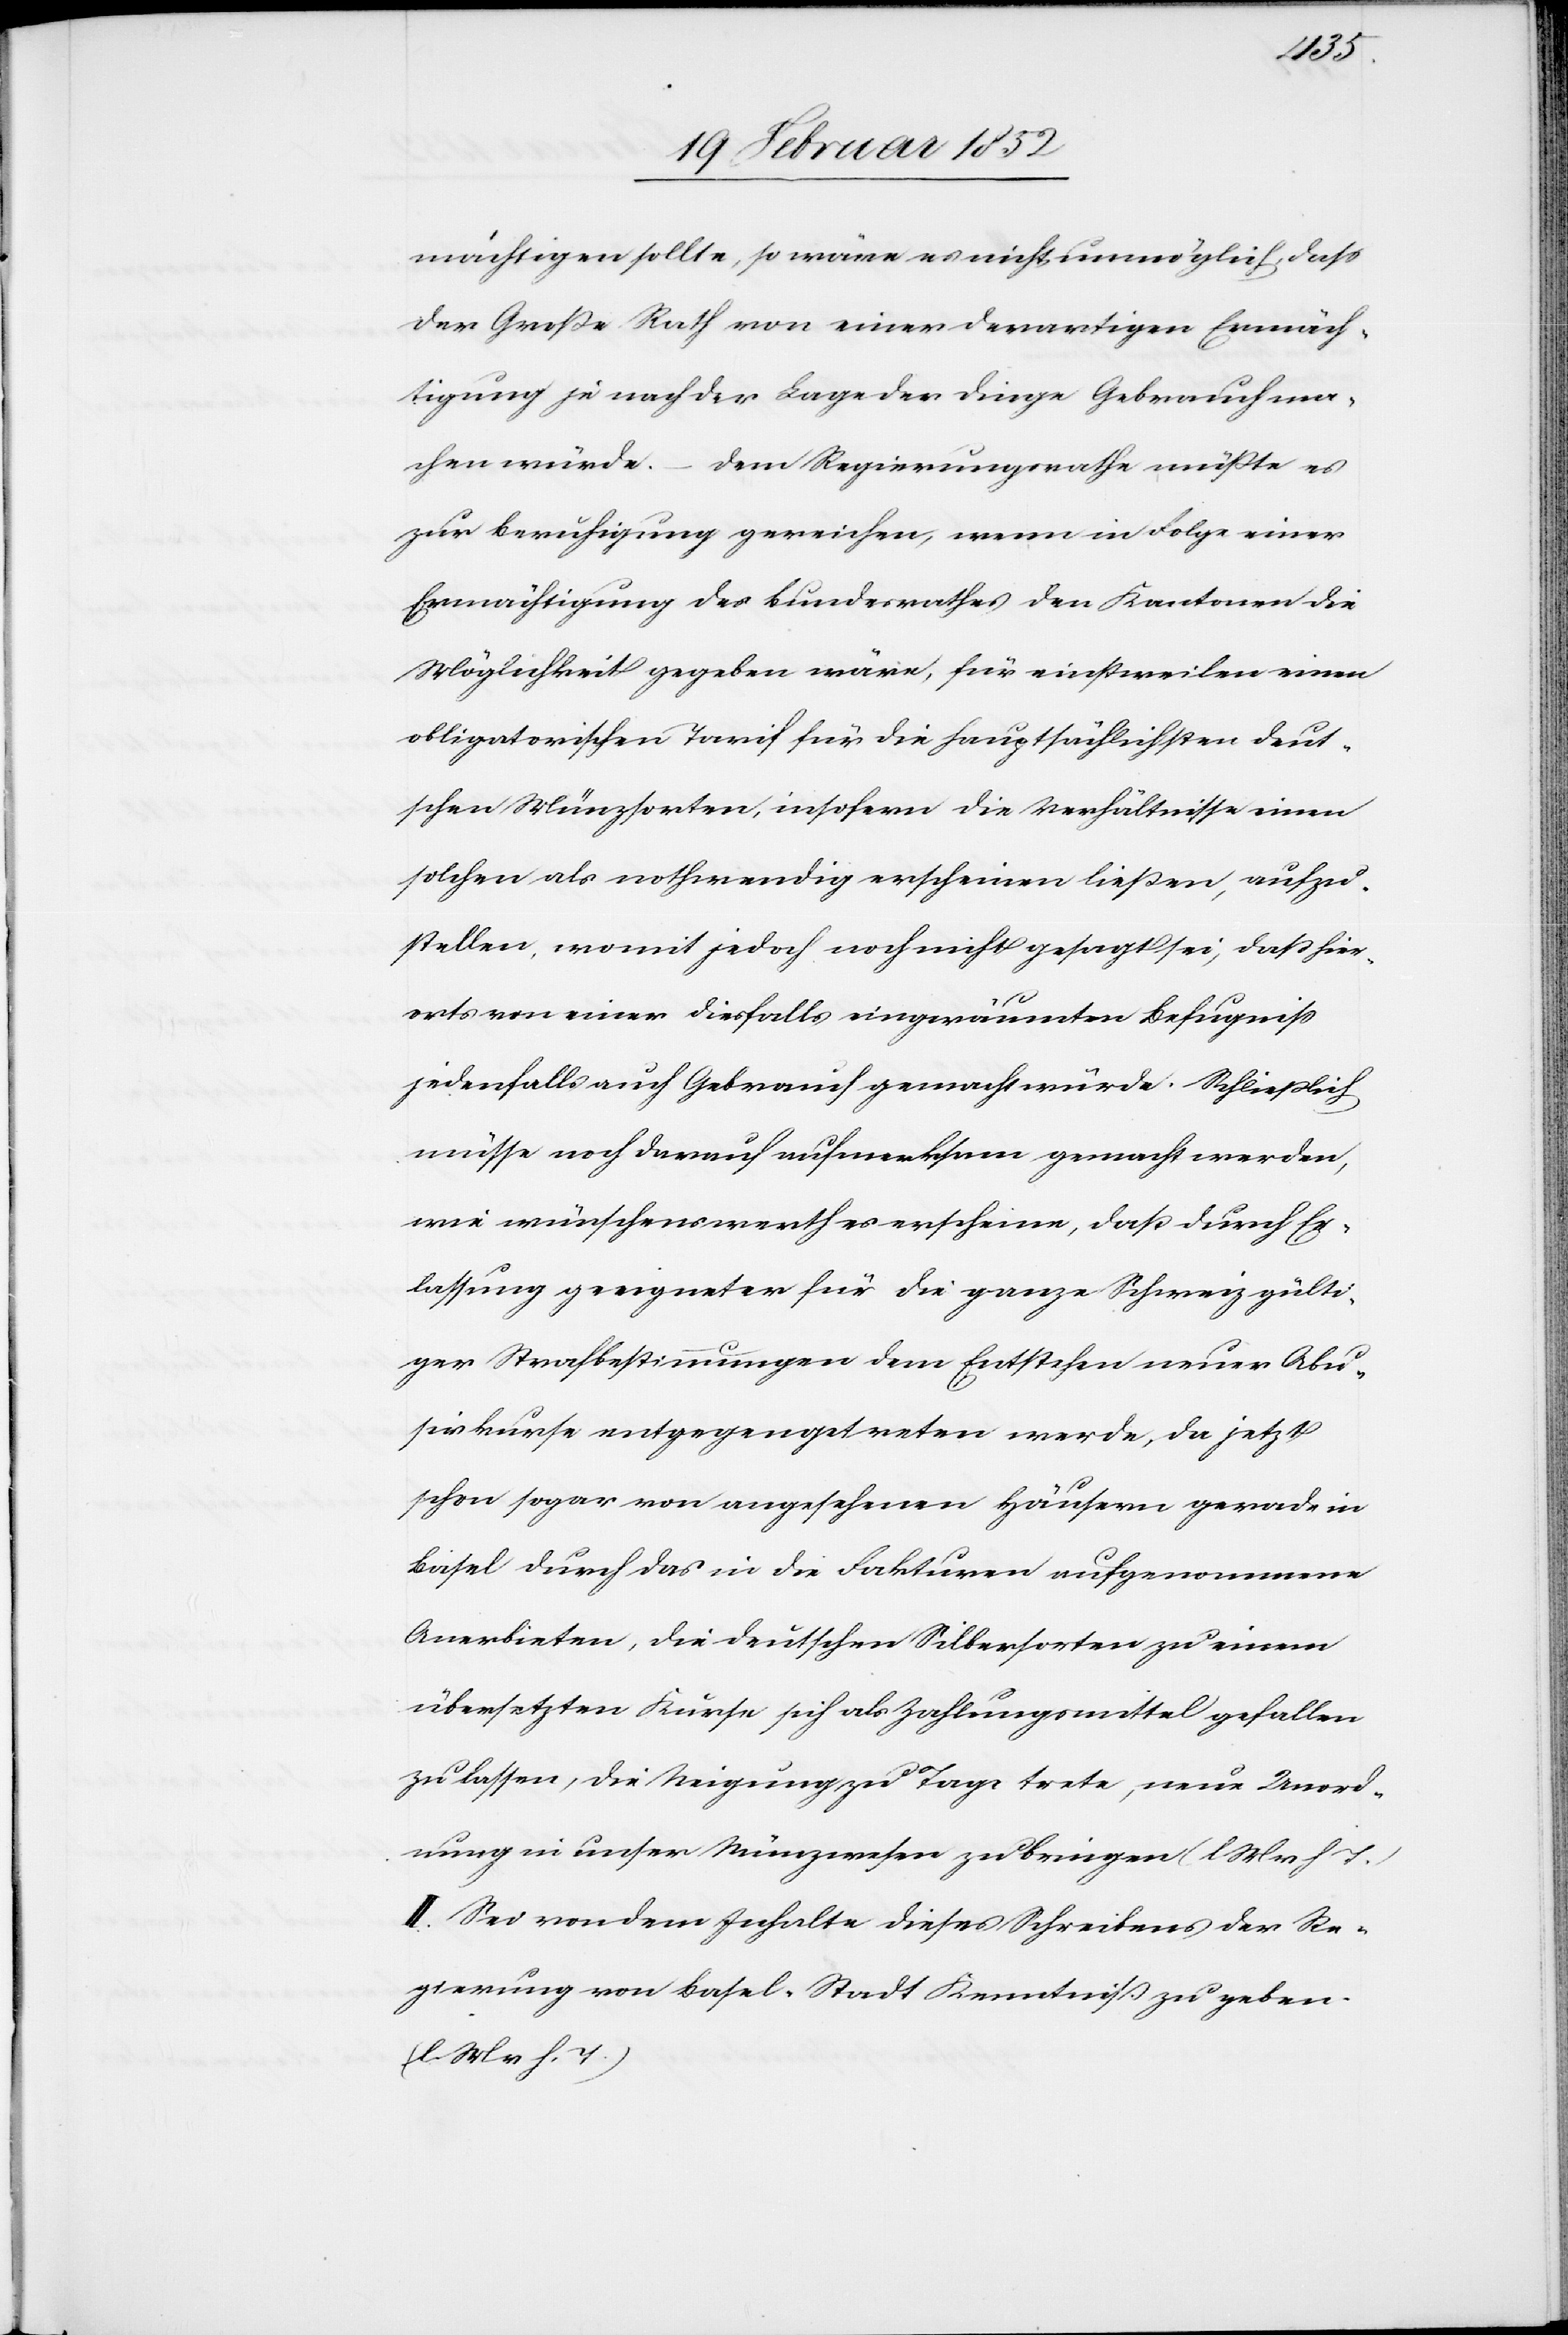
mächtigen solle, so wäre es nicht unmöglich, daß
der Große Rath von seiner derartigen Ermäch¬
tigung je nach der Lage der Dinge gebrauch ma¬
chen würde. Dem Regierungsrath müßte es
zur Beruhigung gereichen, wenn in Folge einer
Ermächtigung des Bundesrathes den Kantonen die
Möglichkeit gegeben wäre, für einstweilen einen
obligatorischen Tarif für die hauptsächlichsten deut¬
schen Münzsorten, insofern die Verhältnisse einen
solchen als nothwendig erscheinen ließen, aufzu¬
stellen, womit jedoch noch nicht gesagt sei, daß hier¬
orts von einer diesfalls eingeräumten Befugniß
jedenfalls auch Gebrauch gemacht würde. Schließlich
müsse noch darauf aufmerksam gemacht werden,
wie wünschenswerth es erscheine, daß durch Er¬
lassung geeigneter für die ganze Schweiz gülti¬
ger Strafbestimmungen dem Entstehen neuer Abu¬
sirkurse entgegentreten werde, da jetzt
schon sogar von angesehenen Häusern gerade in
Basel durch das in die Fakturen aufgenommene
Anerbieten, die deutschen Silbersorten zu einem
übersetzten Kurse sich als Zahlungsmittel gefallen
zu lassen, die Neigung zu Tage trete, neue Unord¬
nung in unser Münzwesen zu bringen (l.
II. Sei von dem Inhalte dieses Schreibens der Re¬
gierung von Basel-Stadt Kenntniß zu geben.
(l. M. v. h. T.)